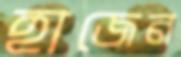
হাজেন